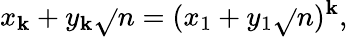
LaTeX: x_{\mathbf{k}}+y_{\mathbf{k}}{\sqrt{}{{n}}}=(x_{1}+y_{1}{\sqrt{}{{n}}})^{\mathbf{k}},